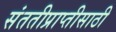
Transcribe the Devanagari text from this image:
संततीप्राप्तीसाठी